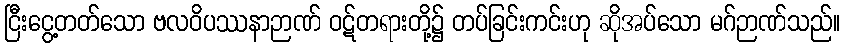
ငြီးငွေ့တတ်သော ဗလဝိပဿနာဉာဏ် ဝဋ်တရားတို့၌ တပ်ခြင်းကင်းဟု ဆိုအပ်သော မဂ်ဉာဏ်သည်။